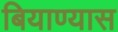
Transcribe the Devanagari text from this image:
बियाण्यास